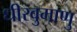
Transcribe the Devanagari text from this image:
धीरवुमाणु